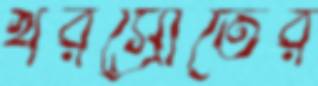
খরস্রোতের